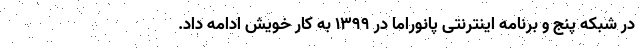
در شبکه پنج و برنامه اینترنتی پانوراما در ۱۳۹۹ به کار خویش ادامه داد.